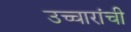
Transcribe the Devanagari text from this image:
उच्चारांची